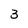
Character: 3